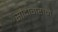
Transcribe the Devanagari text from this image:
सौदागराने